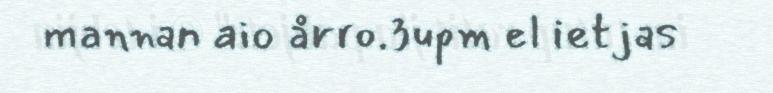
mannan aio årro.3upm el ietjas